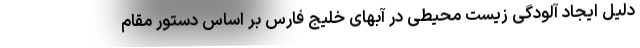
دلیل ایجاد آلودگی زیست محیطی در آبهای خلیج فارس بر اساس دستور مقام